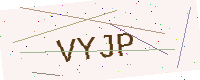
Text: VYJP